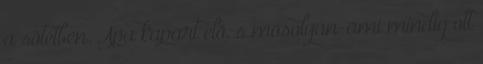
a sötétben. Apa kapart elő, s mosolyán-ami mindig ott